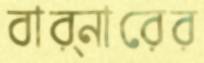
বার্নারের